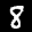
Label: 8